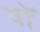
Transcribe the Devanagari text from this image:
वाॅ